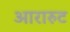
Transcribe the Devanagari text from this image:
आरारुट